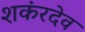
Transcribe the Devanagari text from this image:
शकंरदेव